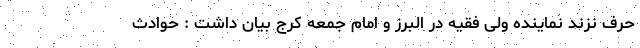
حرف نزند نماینده ولی فقیه در البرز و امام جمعه کرج بیان داشت : حوادث